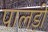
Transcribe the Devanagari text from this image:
पालड़ी